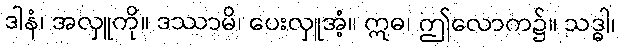
ဒါနံ၊ အလှူကို။ ဒဿာမိ၊ ပေးလှူအံ့။ ဣဓ၊ ဤလောက၌။ သဒ္ဓါ၊